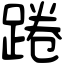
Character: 踡